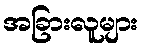
အခြားလူများ